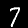
Label: 7